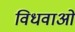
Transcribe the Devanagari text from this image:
विधवाओ